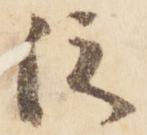
院